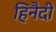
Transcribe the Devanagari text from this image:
हिनैदी